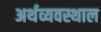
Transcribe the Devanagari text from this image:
अर्थव्यवस्थाल